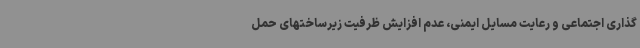
گذاری اجتماعی و رعایت مسایل ایمنی، عدم افزایش ظرفیت زیرساختهای حمل